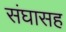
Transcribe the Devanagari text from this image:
संघासह